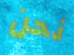
نحن